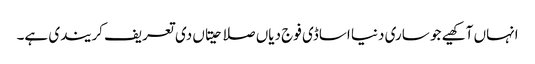
انہاں آکھیے جو ساری دنیا اساڈی فوج دیاں صلاحیتاں دی تعریف کریندی ہے۔